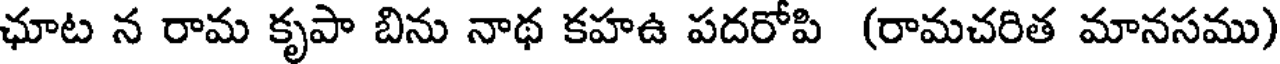
ఛూట న రామ కృపా బిను నాథ కహఉ పదరోపి (రామచరిత మానసము)